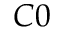
C 0